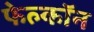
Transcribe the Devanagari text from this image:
फेल्काॅन